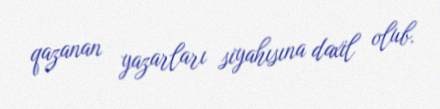
qazanan yazarları siyahısına daxil olub.